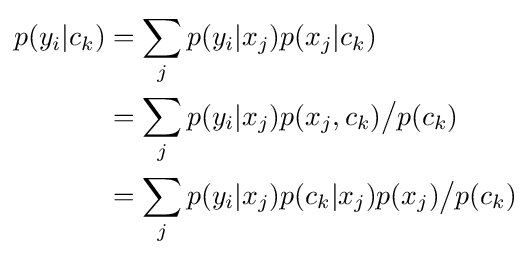
{\begin{aligned}p(y_{i}|c_{k})&=\sum _{j}p(y_{i}|x_{j})p(x_{j}|c_{k})\\&=\sum _{j}p(y_{i}|x_{j})p(x_{j},c_{k}){\big /}p(c_{k})\\&=\sum _{j}p(y_{i}|x_{j})p(c_{k}|x_{j})p(x_{j}){\big /}p(c_{k})\\\end{aligned}}